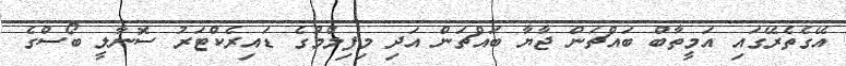
އޭގެތެރޭގައި އަމީތާބް ބައްޗަން ޖާޔާ ބައްޗަން އަދި މިފިލްމުގެ ޑައިރެކްޓަރު ސޮނާލީ ބޯސްގެ